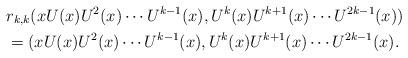
LaTeX: \begin{align*}&r_{k,k}(x U(x) U^2(x) \cdots U^{k-1}(x),U^{k}(x) U^{k+1}(x) \cdots U^{2k-1}(x)) \\&=(x U(x) U^2(x) \cdots U^{k-1}(x),U^{k}(x) U^{k+1}(x) \cdots U^{2k-1}(x).\end{align*}